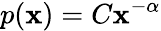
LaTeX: p(\mathbf{x})=C\mathbf{x}^{-\alpha}